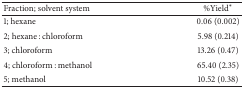
<table><thead><tr><td><b>Fraction; solvent system</b></td><td><b>%Yield<sup>*</sup></b></td></tr></thead><tbody><tr><td>1; hexane</td><td>0.06 (0.002)</td></tr><tr><td>2; hexane : chloroform</td><td>5.98 (0.214)</td></tr><tr><td>3; chloroform</td><td>13.26 (0.47)</td></tr><tr><td>4; chloroform : methanol</td><td>65.40 (2.35)</td></tr><tr><td>5; methanol</td><td>10.52 (0.38)</td></tr></tbody></table>